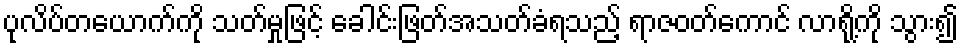
ပုလိပ်တယောက်ကို သတ်မှုဖြင့် ခေါင်းဖြတ်အသတ်ခံရသည့် ရာဇဝတ်ကောင် လာရို့ကို သွား၍